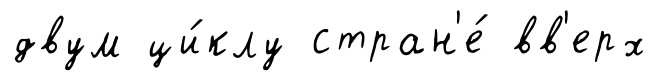
двум ци́клу стран'е́ вв'ерх